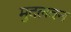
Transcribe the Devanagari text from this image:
मुदलवन